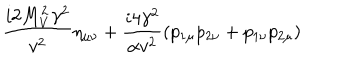
\frac { i 2 M _ { V } ^ { 2 } \gamma ^ { 2 } } { v ^ { 2 } } \eta _ { \mu \nu } + \frac { i 4 \gamma ^ { 2 } } { \alpha v ^ { 2 } } ( p _ { 1 \mu } p _ { 2 \nu } + p _ { 1 \nu } p _ { 2 \mu } )